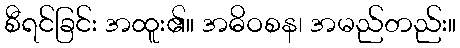
စီရင်ခြင်း အထူး၏။ အဓိဝစန၊ အမည်တည်း။